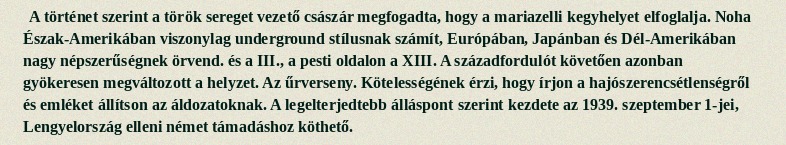
A történet szerint a török sereget vezető császár megfogadta, hogy a mariazelli kegyhelyet elfoglalja. Noha Észak-Amerikában viszonylag underground stílusnak számít, Európában, Japánban és Dél-Amerikában nagy népszerűségnek örvend. és a III., a pesti oldalon a XIII. A századfordulót követően azonban gyökeresen megváltozott a helyzet. Az űrverseny. Kötelességének érzi, hogy írjon a hajószerencsétlenségről és emléket állítson az áldozatoknak. A legelterjedtebb álláspont szerint kezdete az 1939. szeptember 1-jei, Lengyelország elleni német támadáshoz köthető.